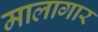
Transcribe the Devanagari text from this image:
मालागार